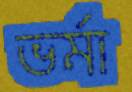
ভর্মা